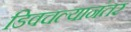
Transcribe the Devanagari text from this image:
डिवचल्यानंतर